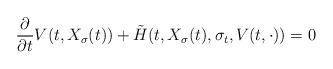
LaTeX: \begin{align*}\frac{\partial}{\partial t}V(t,X_{\sigma}(t)) + \tilde{H}(t,X_{\sigma}(t),\sigma_t, V(t,\cdot)) = 0\end{align*}